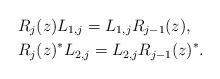
LaTeX: \begin{align*} &R_{j}(z)L_{1,j} = L_{1,j}R_{j-1}(z), \\ &R_{j}(z)^*L_{2,j} = L_{2,j}R_{j-1}(z)^*.\end{align*}